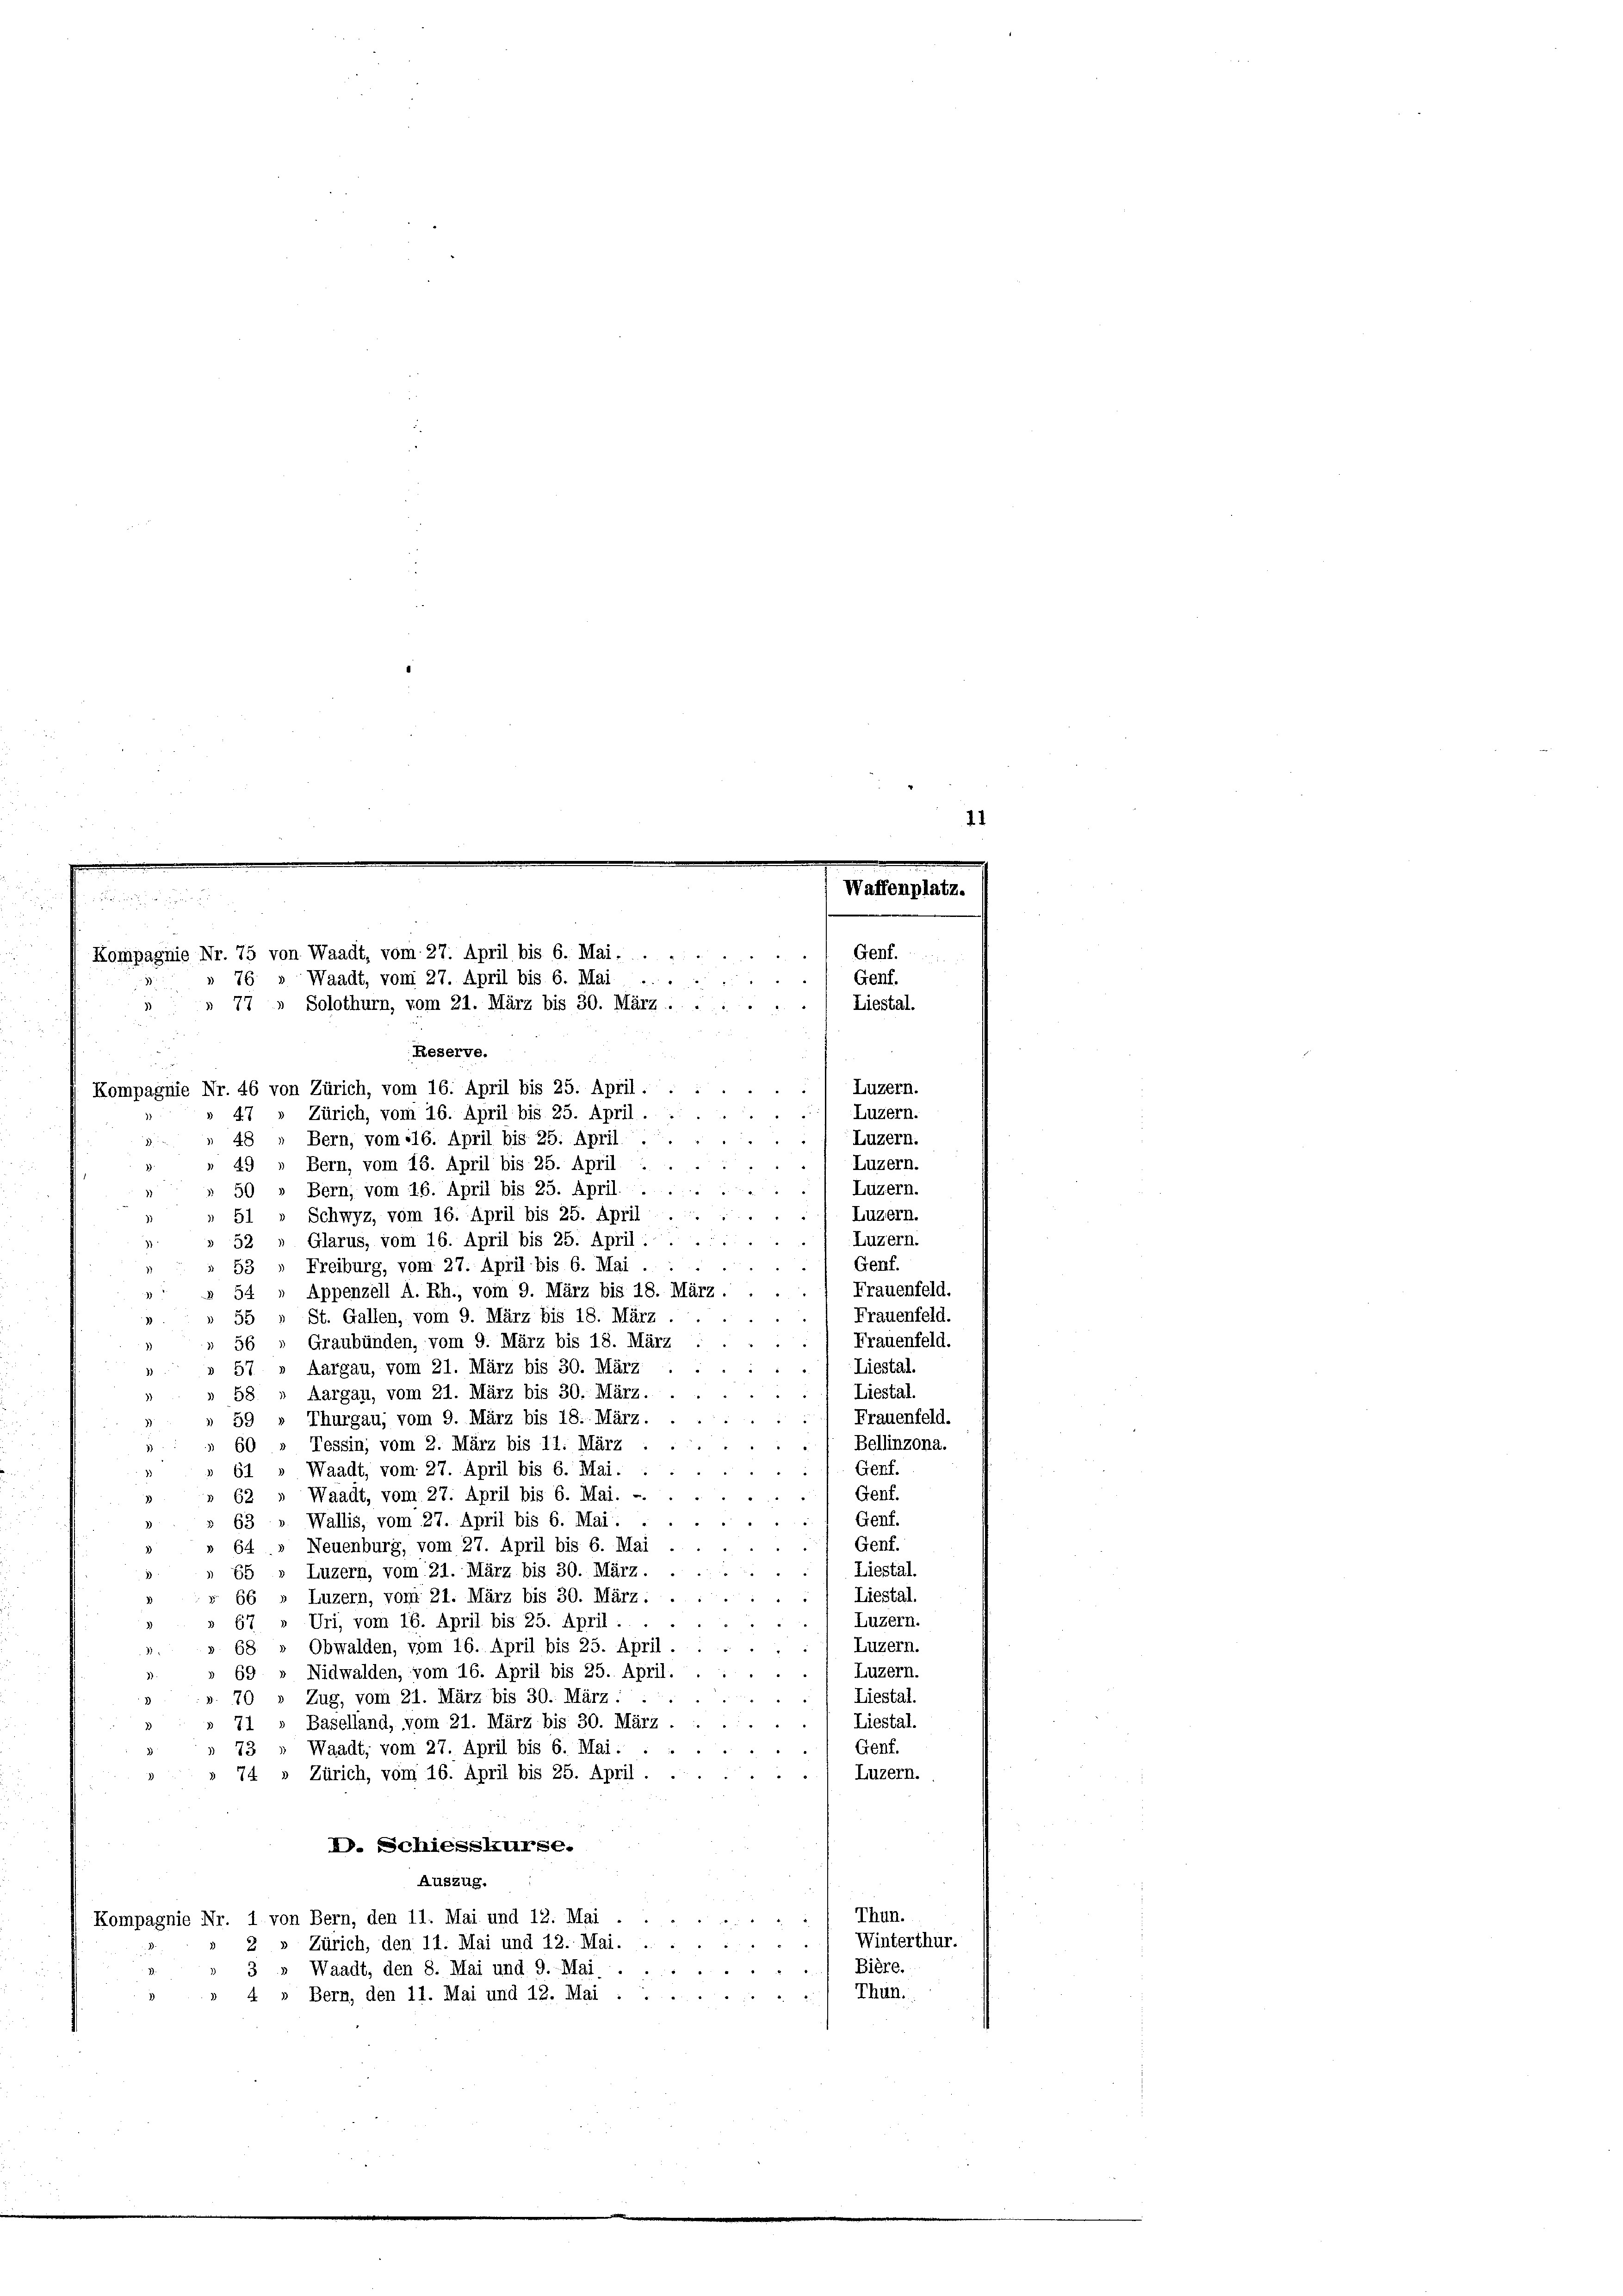
Kompagnie Nr. 75 von Waadt, vom 27. April bis 6. Mai: . .
76. Waadt, vom 27. April bis 6. Mai . .
» 77 » Solothurn, vom 21. März bis 30. März . . . . .
Reserve.

Kompagnie Nr. 46 von Zürich, vom 16. April bis 25. April.
Zürich, vom 16. April bis 25. April.
47
48 „ Bern, vom 116. April bis 25. April.
.
49
Bern, vom 15. April bis 25. April :
Bern, vom 16. April bis 25. April. .

Schwyz, vom 16. April bis 25. April

Glarus, vom 16. April bis 25. April.

Freiburg, vom 27. April bis 6. Mai . .
Appenzell A. Rh., vom 9. März bis 18. März.
55 „ St. Gallen, vom 9. März bis 18. März

Graubünden, vom 9. März bis 18. März
56
57 » Aargau, vom 21. März bis 30. März
Aargau, vom 21. März bis 30. März.
58
Thurgau, vom 9. März bis 18. März.
50
Tessin; vom 2. März bis 11. März
Waadt, vom 27. April bis 6. Mai.
51
62 » Waadt, vom 27. April bis 6. Mai. -
53» Wallis, vom 27. April bis 6. Mai.
64 » Neuenburg, vom 27. April bis 6. Mai
Luzern, vom 21. März bis 30. März.
55
Liestal
Luzern, vom 21. März bis 30. März.
56
Luzern.
Uri, vom 16. April bis 25. April.
Luzern.
Obwalden, vom 16. April bis 25. April.
38
Luzern.
Nidwalden, vom 16. April bis 25. April.
59
.
Liestal.
Zug, vom 21. März bis 30. März
Liestal
Baselland, vom 21. März bis 30. März
77
Genf.
Waadt, vom 27. April bis 6. Mai.
73
» 74 » Zürich, vom 16. April bis 25. April.
Luzern.
D. Schiesskurse.
Auszug.
Thun.
2
Kompagnie Nr. 1 von Bern, den 11. Mai und 12. Mai
Winterthur.
2» Zürich, den 11. Mai und 12. Mai.
Bière.
3» Waadt, den 8. Mai und 9. Mai ....
Thun.
4 » Bern, den 11. Mai und 12. Mai .....

x

.

Liestal.

Luzern.
Luzern.
) Luzern.
Luzern.
Luzern.
d
Luzern.
Luzern.
Genf.
Frauenfeld.
Frauenfeld.
Frauenfeld.
Liestal.
Liestal.
Frauenfeld.
Bellinzona.
Genf.
Genf.
Genf.
Genf.
Liestal.